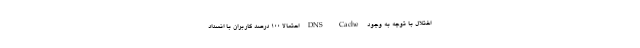
اختلال با توجه به وجود DNS Cache احتمالا ۱۰۰ درصد کاربران با انسداد